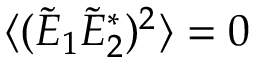
\langle ( \Tilde { E } _ { 1 } \Tilde { E } _ { 2 } ^ { * } ) ^ { 2 } \rangle = 0